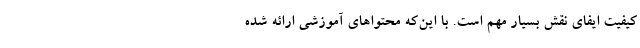
کیفیت ایفای نقش بسیار مهم است. با این­که محتواهای آموزشی ارائه ‌شده